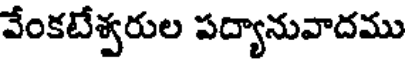
వేంకటేశ్వరుల పద్యానువాదము